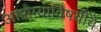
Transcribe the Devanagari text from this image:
आरोग्याविषयीचे